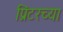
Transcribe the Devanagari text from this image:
प्रिंटरच्या